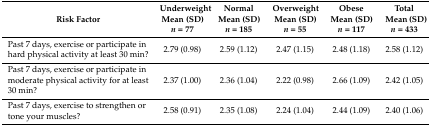
| Risk Factor | Underweight Mean (SD) n = 77 | Normal Mean (SD) n = 185 | Overweight Mean (SD) n = 55 | Obese Mean (SD) n = 117 | Total Mean (SD) n = 433 |
 | --- | --- | --- | --- | --- | --- |
 | Past 7 days, exercise or participate in hard physical activity at least 30 min? | 2.79 (0.98) | 2.59 (1.12) | 2.47 (1.15) | 2.48 (1.18) | 2.58 (1.12) |
 | Past 7 days, exercise or participate in moderate physical activity for at least 30 min? | 2.37 (1.00) | 2.36 (1.04) | 2.22 (0.98) | 2.66 (1.09) | 2.42 (1.05) |
 | Past 7 days, exercise to strengthen or tone your muscles? | 2.58 (0.91) | 2.35 (1.08) | 2.24 (1.04) | 2.44 (1.09) | 2.40 (1.06) |